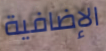
الإضافية